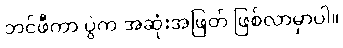
ဘင်ဖီကာ ပွဲက အဆုံးအဖြတ် ဖြစ်လာမှာပါ။